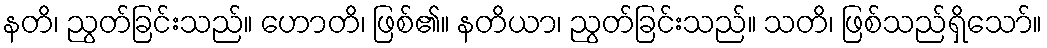
နတိ၊ ညွတ်ခြင်းသည်။ ဟောတိ၊ ဖြစ်၏။ နတိယာ၊ ညွတ်ခြင်းသည်။ သတိ၊ ဖြစ်သည်ရှိသော်။